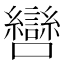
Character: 㘘